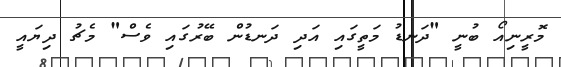
މޮރީނިއޯ ބުނީ "ދަނޑު މަތީގައި އަދި ދަނޑުން ބޭރުގައި ވެސް" މެޗު ދިޔައީ